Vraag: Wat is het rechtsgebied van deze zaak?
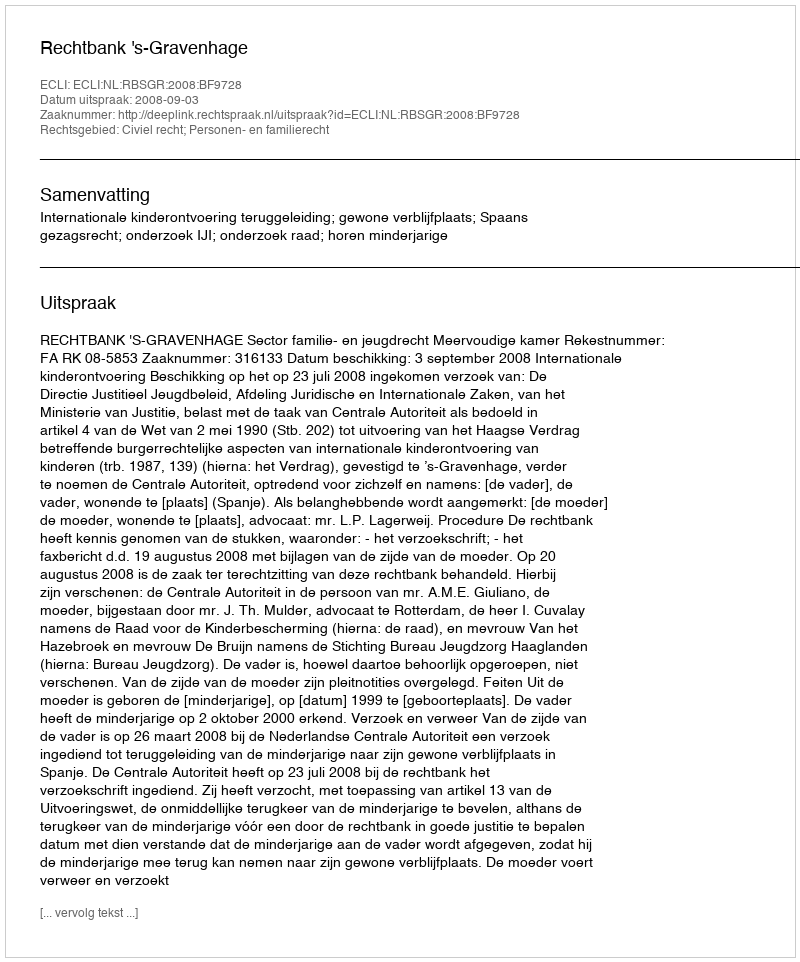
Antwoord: Civiel recht; Personen- en familierecht